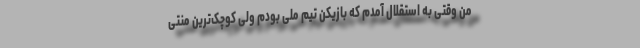
من وقتی به استقلال آمدم که بازیکن تیم ملی بودم ولی کوچک‌ترین منتی